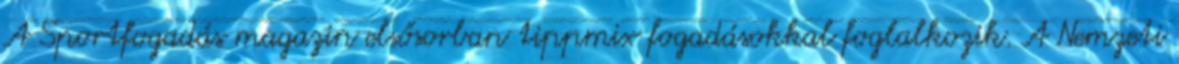
A Sportfogadás magazin elsősorban tippmix fogadásokkal foglalkozik. A Nemzeti